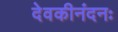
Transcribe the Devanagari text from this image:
देवकीनंदनः